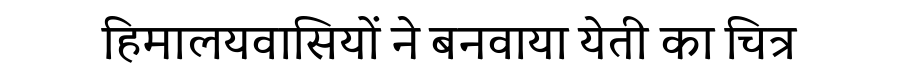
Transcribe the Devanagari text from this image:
हिमालयवासियों ने बनवाया येती का चित्र